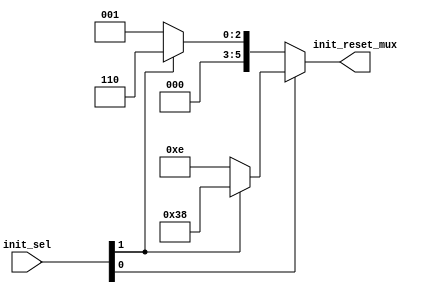
`timescale 1ns / 1ps

module mux6(
    input [1:0] init_sel,
	output [5:0] init_reset_mux
    );

localparam count0 = 6'b000001, count1 = 6'b001110, count2 = 6'b000110, count3 = 6'b111000;
assign init_reset_mux = init_sel[0]?(init_sel[1]?count3:count1):(init_sel[1]?count2:count0);

endmodule